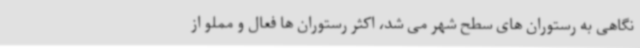
نگاهی به رستوران های سطح شهر می شد، اکثر رستوران ها فعال و مملو از